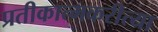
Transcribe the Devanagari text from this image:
प्रतीकात्मकरीत्या